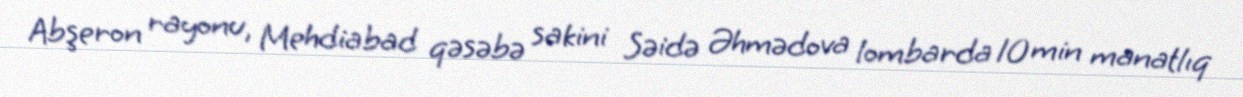
Abşeron rayonu, Mehdiabad qəsəbə sakini Səidə Əhmədova lombarda 10 min manatlıq